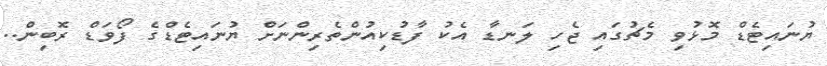
ޔުނައިޓެޑް މޮޅުވި މެޗުގައި ޖެހި ލަނޑާ އެކު ފާޑުކިއުންތެރިންނަށް ޔުނައިޓެޑްގެ ފޯވަޑް ރޮބިން..